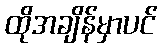
ထိုအချိန်မှာပင်